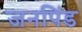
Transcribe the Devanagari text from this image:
जनपिंड